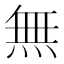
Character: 無